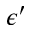
\epsilon ^ { \prime }